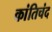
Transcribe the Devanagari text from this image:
कांतिचंद